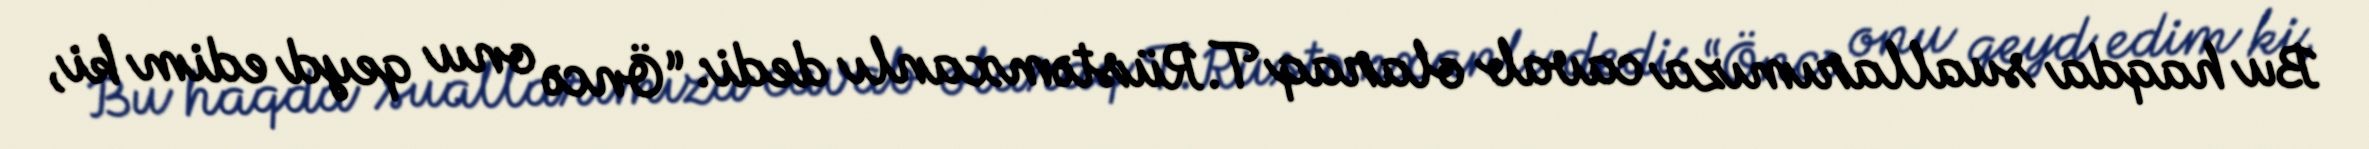
Bu haqda suallarımıza cavab olaraq T.Rüstəmxanlı dedi: “Öncə onu qeyd edim ki,